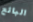
البائع